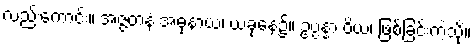
လည်းကောင်း။ အဇ္ဇတနံ အဓုနာယ၊ ယခုနေ့၌။ ဥပ္ပန္နာ ဝိယ၊ ဖြစ်ခြင်းကဲ့သို့။